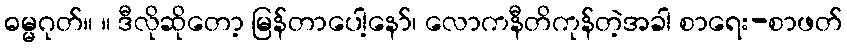
ဓမ္မဂုတ်။ ။ ဒီလိုဆိုတော့ မြန်တာပေါ့နော်၊ လောကနီတိကုန်တဲ့အခါ စာရေး-စာဖတ်